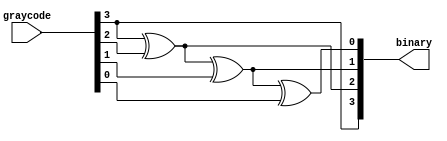
// This program was cloned from: https://github.com/ryuz/jelly
// License: MIT License

// ---------------------------------------------------------------------------
//  Jelly  -- The platform for real-time computing
//
//                                 Copyright (C) 2008-2020 by Ryuz
//                                 https://github.com/ryuz/jelly.git
// ---------------------------------------------------------------------------



`timescale 1ns / 1ps
`default_nettype none


//   Graycode to Binary
module jelly_func_graycode_to_binary
        #(
            parameter                       WIDTH = 4
        )
        (
            input   wire    [WIDTH-1:0]     graycode,
            output  reg     [WIDTH-1:0]     binary
        );
    
    integer i;
    always @* begin
        binary[WIDTH-1] = graycode[WIDTH-1];
        for ( i = WIDTH - 2; i >= 0; i = i - 1 ) begin
            binary[i] = binary[i+1] ^ graycode[i];
        end
    end
    
endmodule


`default_nettype wire


// end of file